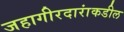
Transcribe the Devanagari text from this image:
जहागीरदारांकडील